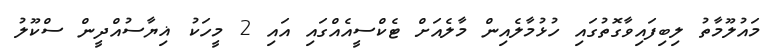
މައުލޫމާތު ލިބިފައިވާގޮތުގައި ހުޅުމާލެއިން މާލެއަށް ޓެކްސީއެއްގައި އައި 2 މީހަކު ޣިޔާސުއްދީން ސްކޫލު